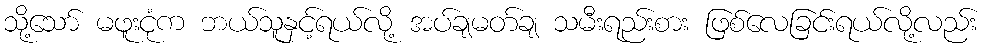
သို့သော် မဖူးငုံက ဘယ်သူနှင့်ရယ်လို့ အပ်ချမတ်ချ သမီးရည်းစား ဖြစ်လေခြင်းရယ်လို့လည်း